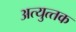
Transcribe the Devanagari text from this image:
अत्‍युत्‍तक